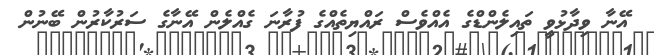
އޭނާ ވިދާޅުވީ ތައިލެންޑްގެ އެއްވެސް ރައްޔިތެއްގެ ފުރާނަ ގެއްލެން އޭނާގެ ސަރުކާރުން ބޭނުން